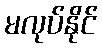
မလုပ်နိုင်